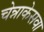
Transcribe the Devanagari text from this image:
चेन्नाकेसवा